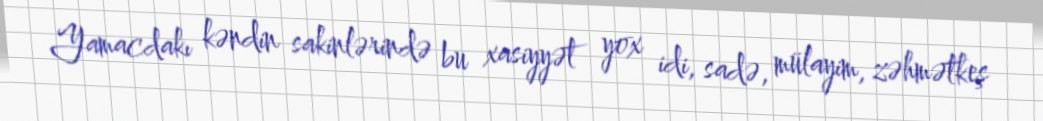
Yamacdakı kəndin sakinlərində bu xasiyyət yox idi, sadə, mülayim, zəhmətkeş